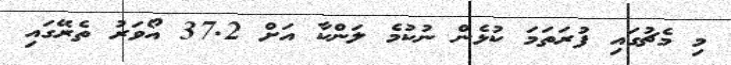
މި މެޗުގައި ފުރަތަމަ ކުޅެން ނުކުމެ ލަންކާ އަށް 37.2 އޯވަރު ތެރޭގައި